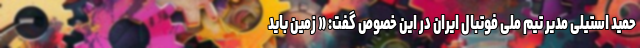
حمید استیلی مدیر تیم ملی فوتبال ایران در این خصوص گفت: « زمین باید